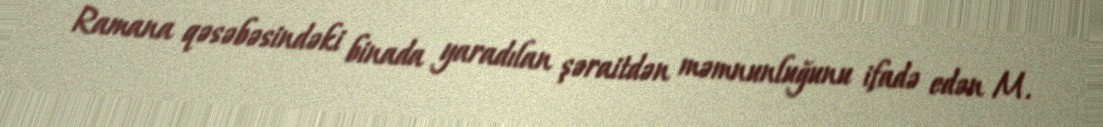
Ramana qəsəbəsindəki binada yaradılan şəraitdən məmnunluğunu ifadə edən M.